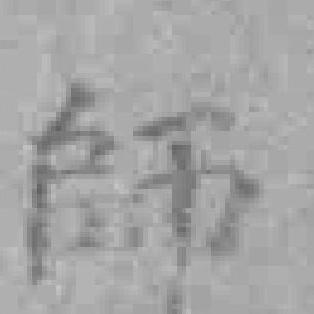
師